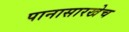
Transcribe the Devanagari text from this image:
पानासारखेच